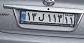
۱۳ل۱۱۳۱۱